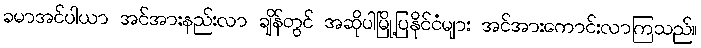
ခမာအင်ပါယာ အင်အားနည်းလာ ချိန်တွင် အဆိုပါမြို့ပြနိုင်ငံများ အင်အားကောင်းလာကြသည်။